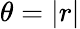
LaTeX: \theta=\vert r\vert